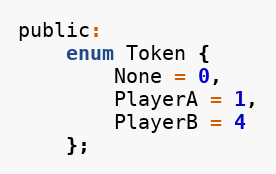
Language: C
public:
	enum Token {
		None = 0,
		PlayerA = 1,
		PlayerB = 4
	};